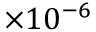
\times 1 0 ^ { - 6 }